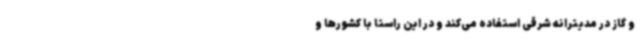
و گاز در مدیترانه شرقی استفاده می‌کند و در این راستا با کشورها و